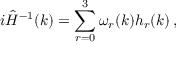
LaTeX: i \hat { H } ^ { - 1 } ( k ) = \sum _ { r = 0 } ^ { 3 } \omega _ { r } ( k ) h _ { r } ( k ) \, ,